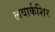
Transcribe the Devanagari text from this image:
लवार्कशिर